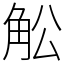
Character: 䚗